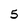
Character: 5